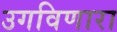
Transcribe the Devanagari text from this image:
उगविणारा